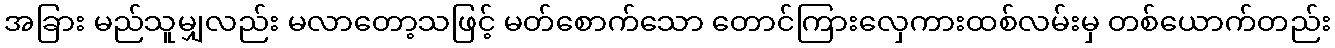
အခြား မည်သူမျှလည်း မလာတော့သဖြင့် မတ်စောက်သော တောင်ကြားလှေကားထစ်လမ်းမှ တစ်ယောက်တည်း